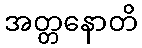
အတ္တနောတိ